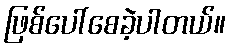
ဖြစ်ပေါ်စေခဲ့ပါတယ်။